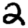
Digit: 2